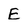
Character: E